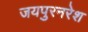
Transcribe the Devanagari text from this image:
जयपुरनरेश